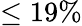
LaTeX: \leq 19\%